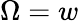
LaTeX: \Omega=w